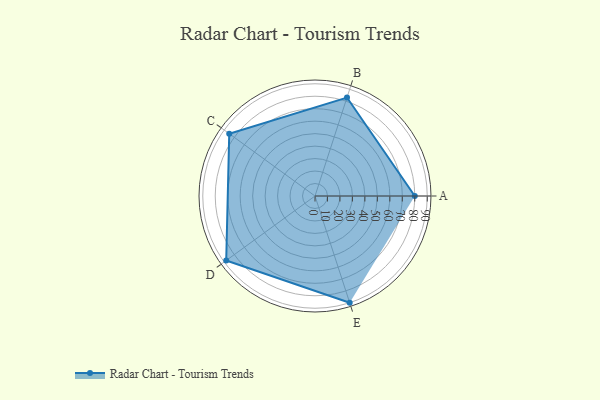
{"axis": {"x": "Skill", "y": "Score"}, "legend": ["Profile"], "data": [{"x": "A", "y": 80.0, "type": "Profile"}, {"x": "B", "y": 83.0, "type": "Profile"}, {"x": "C", "y": 85.0, "type": "Profile"}, {"x": "D", "y": 88.0, "type": "Profile"}, {"x": "E", "y": 90.0, "type": "Profile"}]}